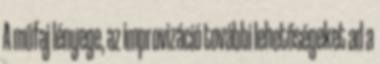
A műfaj lényege, az improvizáció további lehetőségeket ad a